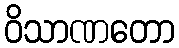
ဝိသာဏတော